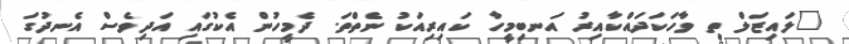
"ލައިޒަލް ތި ވާހަކަދައްކާއިރު އަނބިމީހާ ކައިރިއަކު ނެތްތަ. ދެމީހުން އެކުގައި އަދިވެސް އެނދުގަ